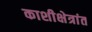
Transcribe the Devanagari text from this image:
काशीक्षेत्रांत